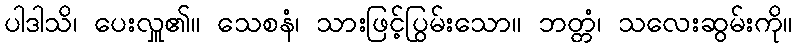
ပါဒါသိ၊ ပေးလှူ၏။ သေစနံ၊ သားဖြင့်ပြွမ်းသော။ ဘတ္တံ၊ သလေးဆွမ်းကို။